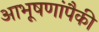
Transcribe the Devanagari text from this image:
आभूषणांपैकी